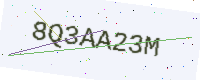
Text: 8Q3AA23M